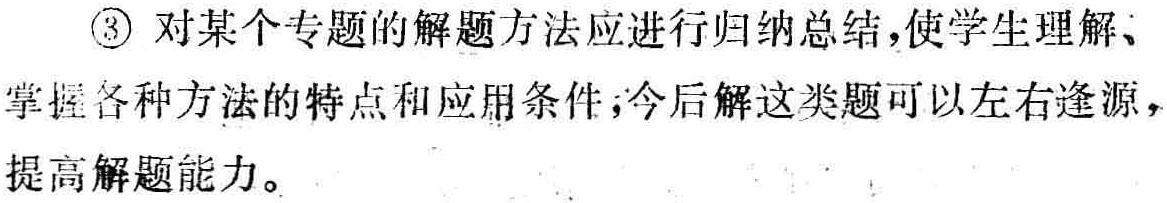
\textcircled{3} 对某个专题的解题方法应进行归纳总结，使学生理解、掌握各种方法的特点和应用条件，今后解这类题可以左右逢源，提高解题能力。